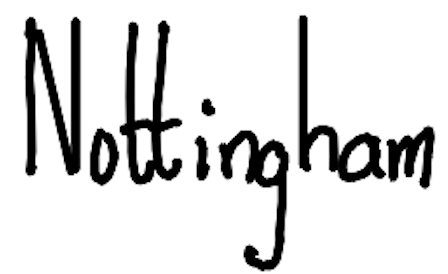
Text: Nottingham
Cross-out: clean
Writing tool: digital_black